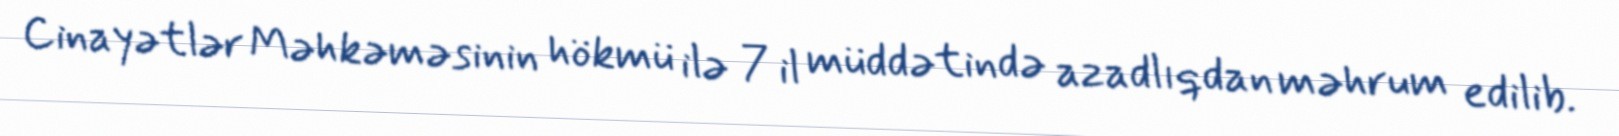
Cinayətlər Məhkəməsinin hökmü ilə 7 il müddətində azadlıqdan məhrum edilib.